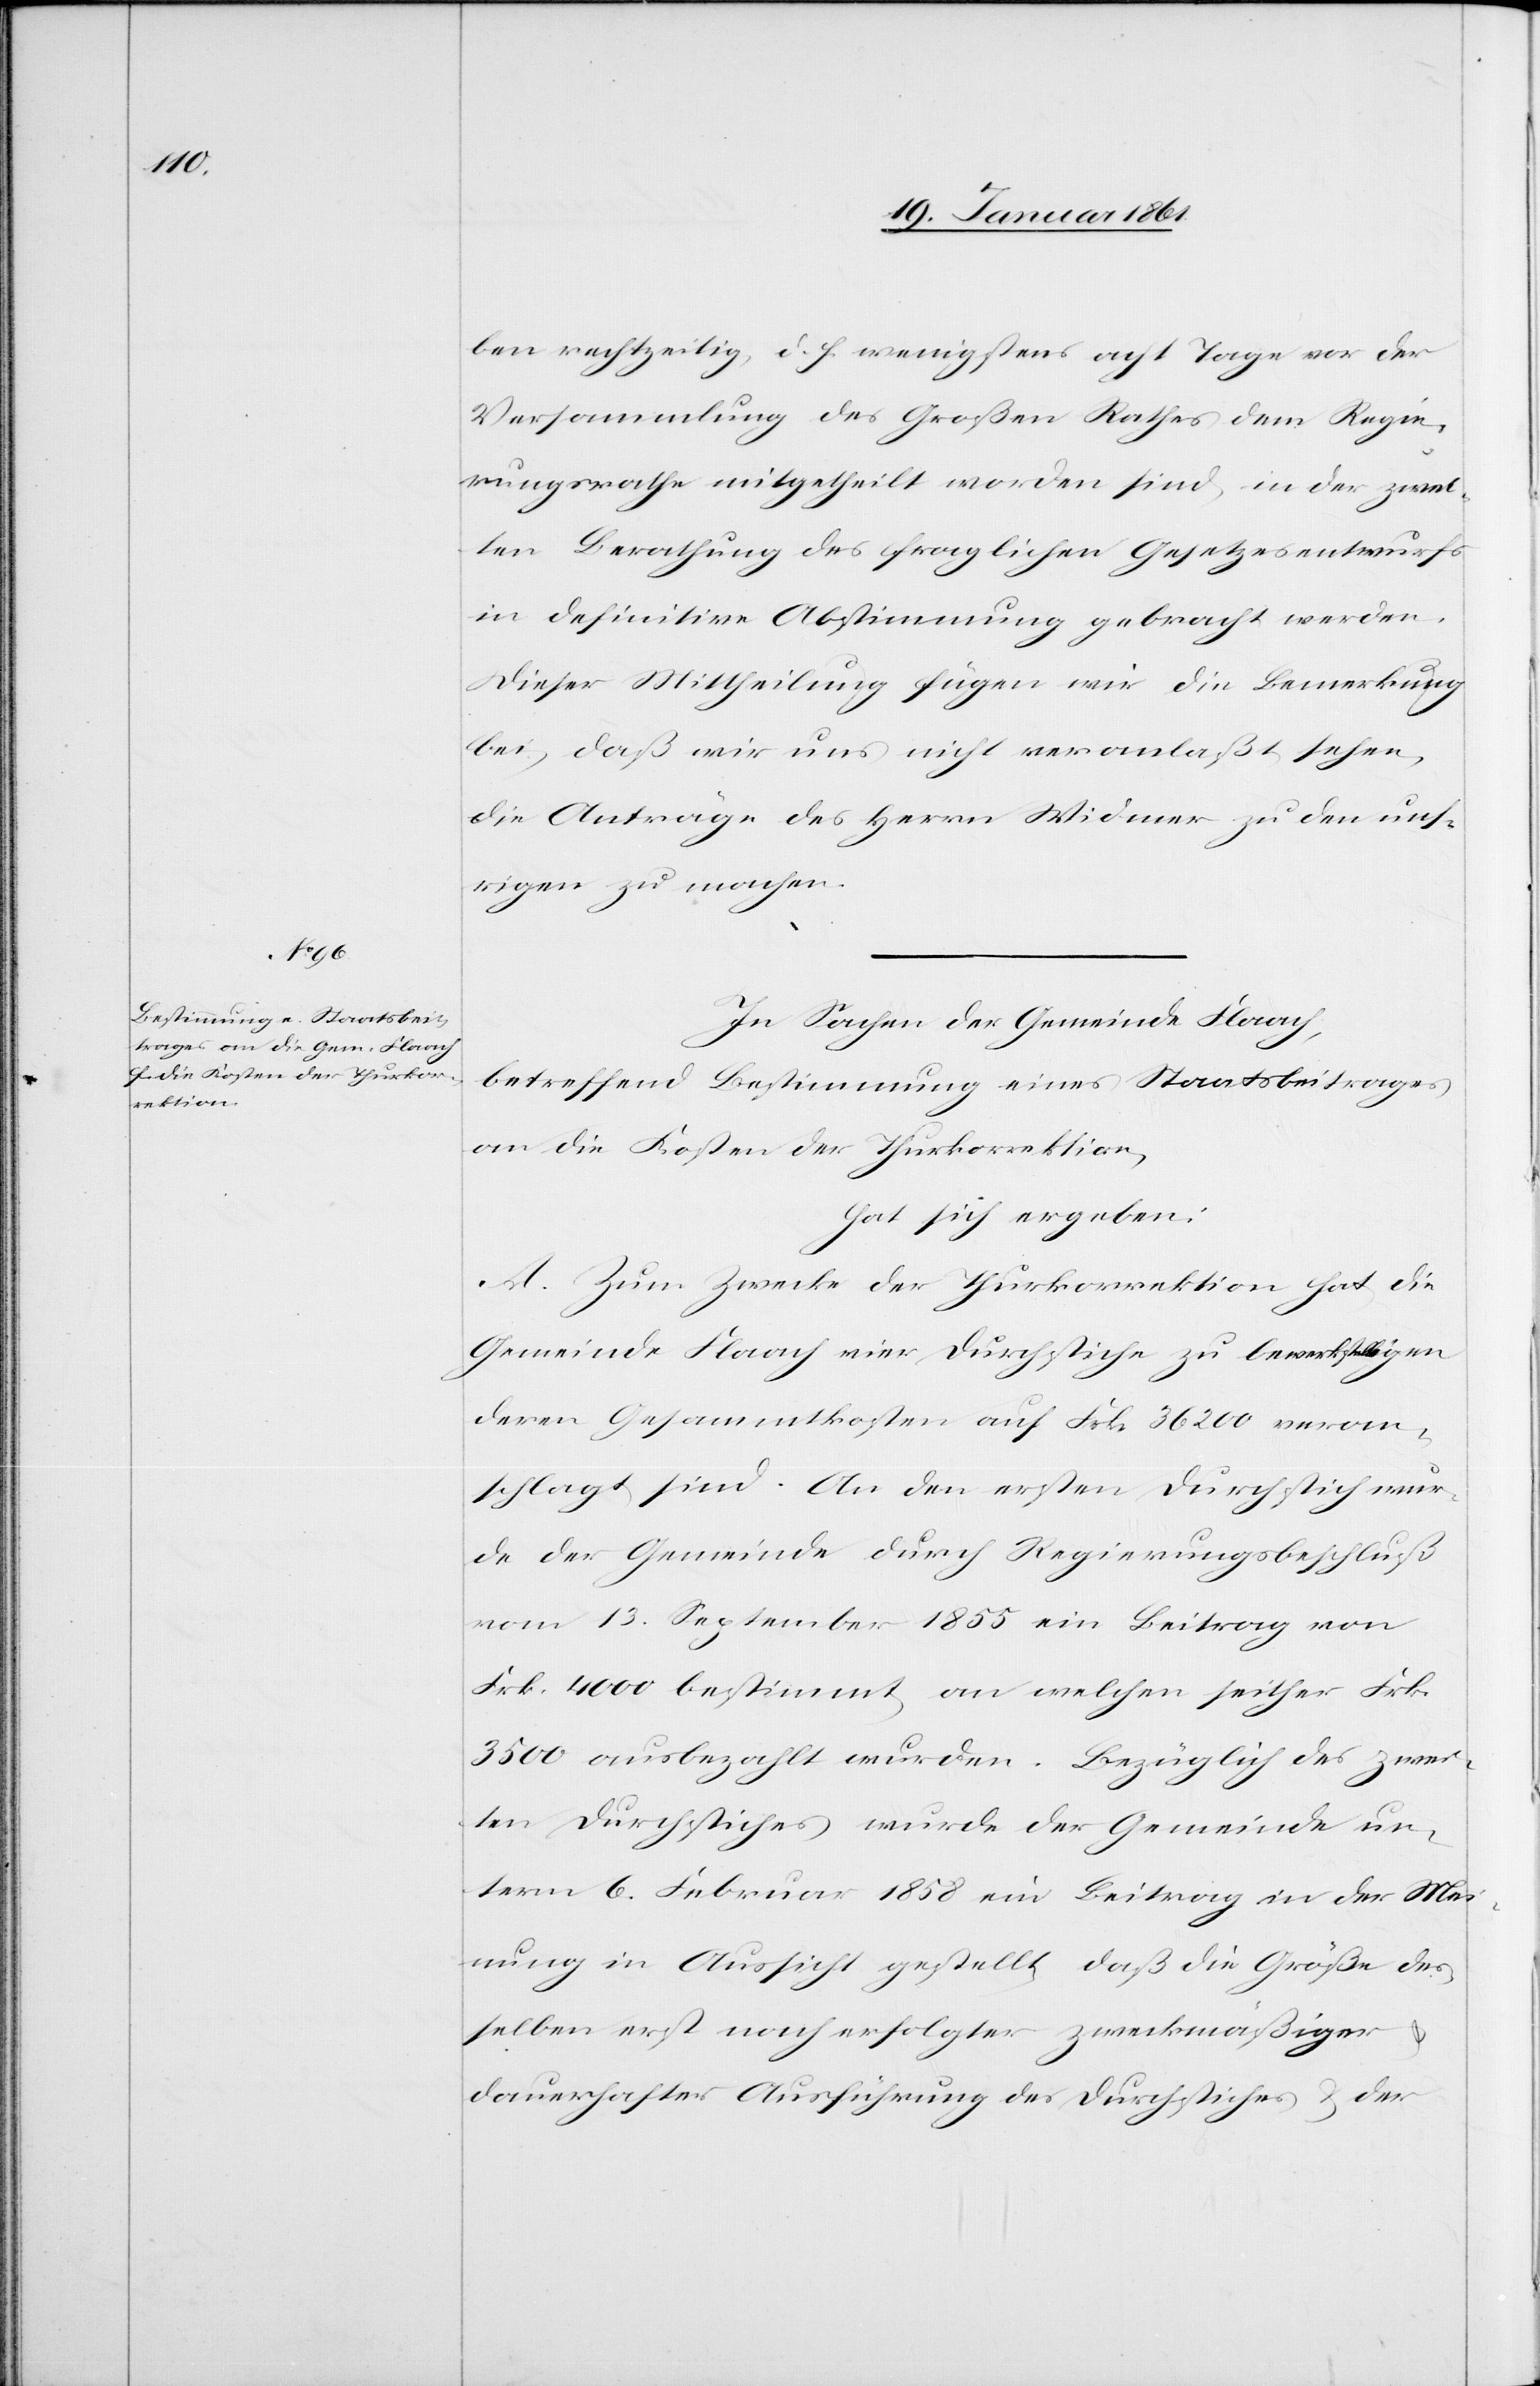
ben rechtzeitig, d. h. wenigstens acht Tage vor der
Versammlung des Großen Rathes dem Regie¬
rungsrathe mitgetheilt worden sind, in der zwei¬
ten Berathung des fraglichen Gesetzesentwurfs
in definitive Abstimmung gebracht werden.
Dieser Mittheilung fügen wir die Bemerkung
bei, daß wir uns nicht veranlaßt sehen,
die Anträge des Herrn Widmer zu den uns¬
rigen zu machen.
In Sachen der Gemeinde Flaach,
betreffend Bestimmung eines Staatsbeitrages
an die Kosten der Thurkorrektion,
hat sich ergeben:
A. Zum Zwecke der Thurkorrektion hat die
Gemeinde Flaach vier Durchstiche zu bewerkstelligen
deren Gesammtkosten auf Frk. 36 200 veran¬
schlagt sind. An den ersten Durchsticht wur¬
de der Gemeinde durch Regierungsbeschluß
vom 13. September 1855 ein Beitrag von
Frk. 4000 bestimmt, an welchen seither Frk.
3500 ausbezahlt wurden. Bezüglich des zwei¬
ten Durchstiches wurde der Gemeinde un¬
term 6. Februar 1858 ein Beitrag in der Mei¬
nung in Aussicht gestellt, daß die Größe des¬
selben erst nach erfolgter zweckmäßiger
dauerhafter Ausführung des Durchstiches u. der